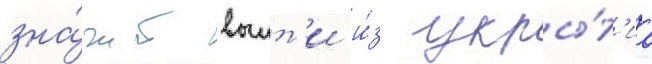
зна́чит выит'и и́з укры́т'иа